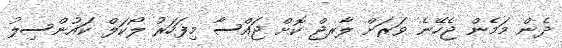
ދެން މަމެން ޖެހޭނެ ވަރަށް ލާރޖް ކޮށް ޖައްސާ މިފަހަރު ލޯކަލް ކަައުންސިލު